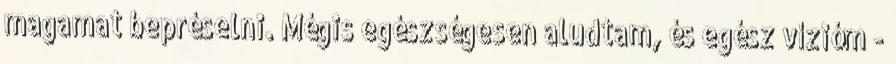
magamat bepréselni. Mégis egészségesen aludtam, és egész vízióm -